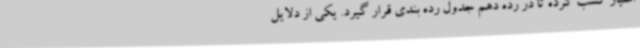
امتیاز کسب کرده تا در رده دهم جدول رده بندی قرار گیرد. یکی از دلایل